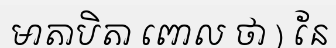
មាតាបិតា ពោល ថា ) នែ